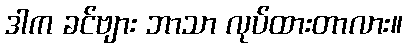
ဒါက ခင်ဗျား ဘာသာ လုပ်ထားတာလား။